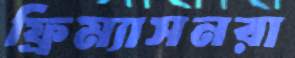
ফ্রিম্যাসনরা